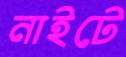
নাইটে